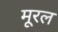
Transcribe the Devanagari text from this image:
मूरल